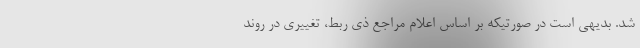
شد. بدیهی است در صورتیکه بر اساس اعلام مراجع ذی ربط، تغییری در روند